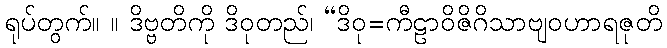
ရုပ်တွက်။ ။ ဒိဗ္ဗတိကို ဒိဝုတည်၊ “ဒိဝု=ကီဠာဝိဇိဂိသာဗျဝဟာရဇုတိ